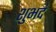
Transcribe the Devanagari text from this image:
शुभदं